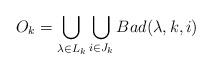
LaTeX: \begin{align*}O_k = \bigcup_{\lambda \in L_k} \bigcup_{i \in J_k} Bad(\lambda, k, i)\end{align*}